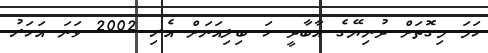
ހަމަ މިގޮތަށް ދުނިޔޭގެ އާބާދީ ހަ ބިލިއަނަށް އެރި 2002 ވަނަ އަހަރު